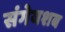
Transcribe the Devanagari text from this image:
संगेयशब